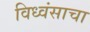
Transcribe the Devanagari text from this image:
विध्वंसाचा